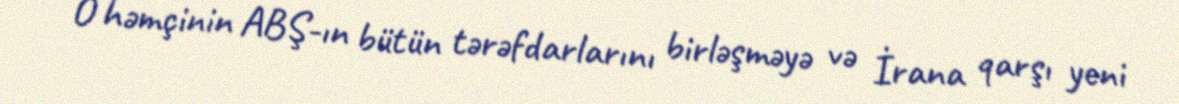
O həmçinin ABŞ-ın bütün tərəfdarlarını birləşməyə və İrana qarşı yeni